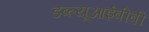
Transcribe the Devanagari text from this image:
डब्ल्यूआईबीबी